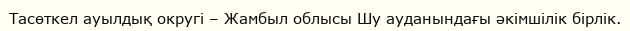
Тасөткел ауылдық округі – Жамбыл облысы Шу ауданындағы әкімшілік бірлік.